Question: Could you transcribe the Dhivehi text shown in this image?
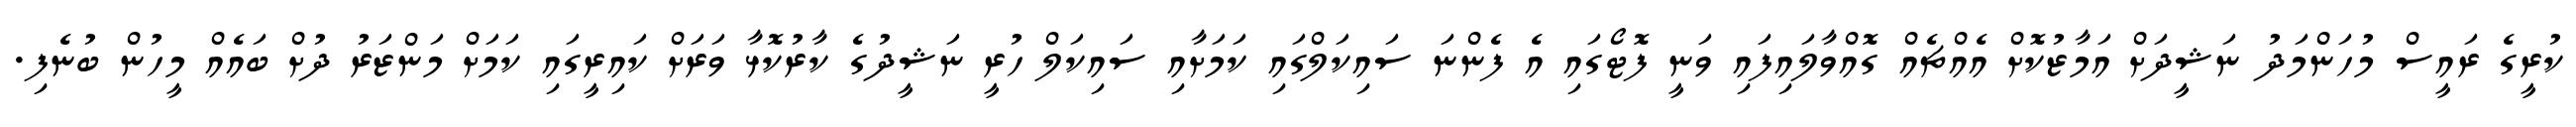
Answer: ކުރީގެ ރައީސް މުހަންމަދު ނަޝީދަށް އަމާޒުކޮށް އެއްޗެއް ގޮއްވާލައިފައި ވަނީ ފޮޓޯގައި އެ ފެންނަ ސައިކަލްގައި ކަމަށާއި ސައިކަލް ހުރީ ނަޝީދުގެ ކާރުކޮޅާ ވަރަށް ކައިރީގައި ކަމަށް މަންޒަރު ދުށް ބައެއް މީހުން ބުނެފި.